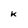
Character: k